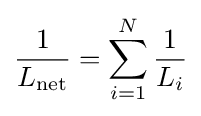
{1 \over L_{\mathrm {net} }}=\sum _{i=1}^{N}{1 \over L_{i}}\,\!